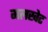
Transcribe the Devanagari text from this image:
मलखेट